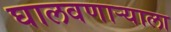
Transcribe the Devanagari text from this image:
घालवणाऱ्याला